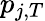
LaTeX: p_{j,T}